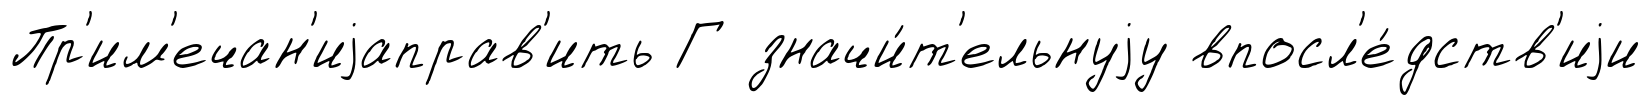
Пр'им'ечан'иjаправ'ить Г значи́т'ельнуjу впосл'е́дств'иjи